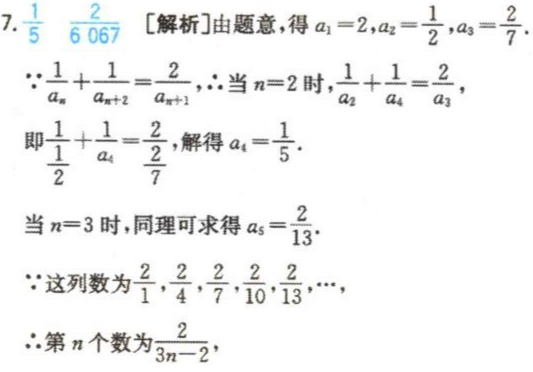
7. $\frac{1}{5}$ $\frac{2}{6067}$ [解析]由题意，得$a_{1}=2,a_{2}=\frac{1}{2},a_{3}=\frac{2}{7}.$

$\because\frac{1}{a_{n}}+\frac{1}{a_{n + 2}}=\frac{2}{a_{n+1}},$ $\therefore$当$n = 2$时，$\frac{1}{a_{2}}+\frac{1}{a_{4}}=\frac{2}{a_{3}},$

即$\frac{1}{\frac{1}{2}}+\frac{1}{a_{4}}=\frac{2}{\frac{2}{7}}$，解得$a_{4}=\frac{1}{5}.$

当$n = 3$时，同理可求得$a_{5}=\frac{2}{13}.$

$\because$这列数为$\frac{2}{1},\frac{2}{4},\frac{2}{7},\frac{2}{10},\frac{2}{13},\cdots,$

$\therefore$第$n$个数为$\frac{2}{3n - 2},$